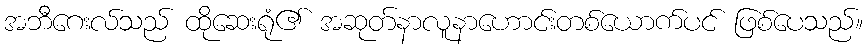
အဘီဂေးလ်သည် ထိုဆေးရုံ၏ အဆုတ်နာလူနာဟောင်းတစ်ယောက်ပင် ဖြစ်ပေသည်။